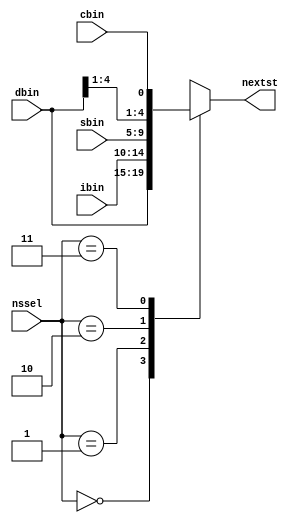
`timescale 1ns / 1ps
//////////////////////////////////////////////////////////////////////////////////
// Company: 
// Engineer: 
// 
// Design Name: 
// Module Name: ns_logic
// Project Name: 
// Target Devices: 
// Tool Versions: 
// Description: 
// 
// Dependencies: 
// 
// Revision:
// Revision 0.01 - File Created
// Additional Comments:
// 
//////////////////////////////////////////////////////////////////////////////////


module ns_logic (ibin, sbin, dbin, cbin, nssel, nextst);
input [4:0] ibin, sbin, dbin;	//ibin, sbin come from the decoder and dbin from the control word
input cbin;	//cbin comes from execution unit : true if alu output = 0
input [1:0] nssel;	//comes from the control word : next state selection control bits
output [4:0] nextst;	//next state output : computed by next state logic
reg [4:0] nextst;

always@(*) 
begin
case (nssel)
2 'b00: nextst = dbin; 	//selects as next state the direct branch address supplied by the control word 
2 'b01: nextst = ibin;	//selects as next state the ib output from the instruction decoder
2 'b10: nextst = sbin;	//selects as next state the sb output from the instruction decoder
2 'b11: nextst = {dbin[4:1], cbin};	//conditional branch on zero alu output : by bit stuffing
default: $display ("%m: undefined next state");
endcase
end

endmodule